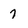
Character: 7